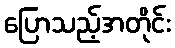
ပြောသည့်အတိုင်း